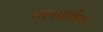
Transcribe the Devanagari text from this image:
सदस्याधिक्य